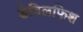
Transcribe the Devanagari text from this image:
डेविलफिश